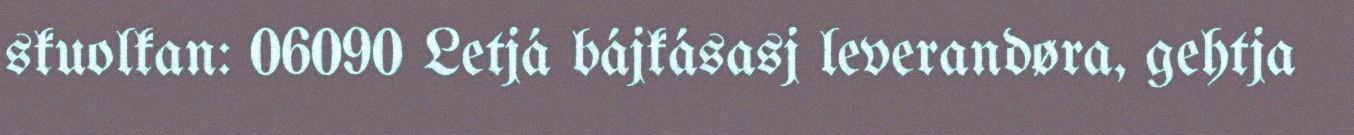
skuolkan: 06090 Letjá bájkásasj leverandøra, gehtja